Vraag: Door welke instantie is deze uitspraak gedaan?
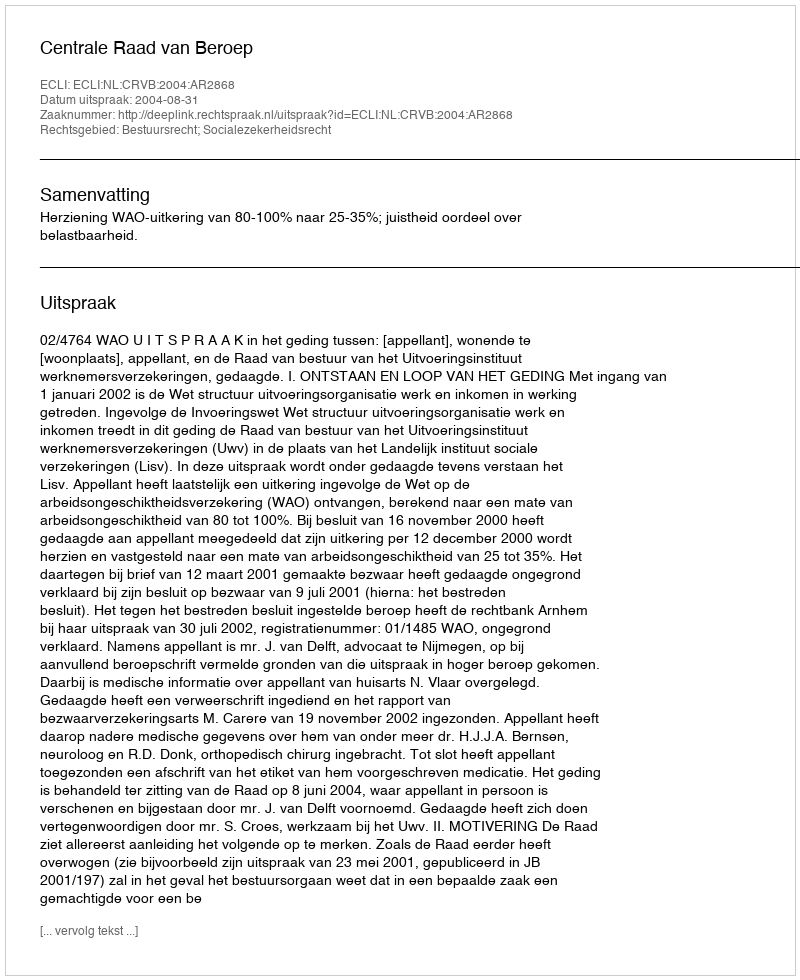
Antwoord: Centrale Raad van Beroep